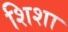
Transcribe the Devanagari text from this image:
शिशा